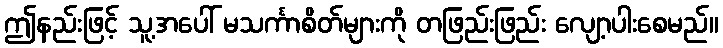
ဤနည်းဖြင့် သူ့အပေါ် မသင်္ကာစိတ်များကို တဖြည်းဖြည်း လျော့ပါးစေမည်။